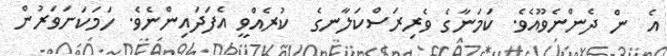
އެ  ން ދެންނެވޫއެވެ. ކަމަނާގެ ވެރިރަސްކަލާނގެ  ކުރެއްވީ އެފަދައިންނެވެ. ހަމަކަށަވަރުން